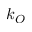
k _ { O }